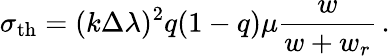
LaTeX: \sigma_{\mathrm{th}}=(k\Delta\lambda)^{2}q(1-q)\mu\frac{w}{w+w_{r}}\, .